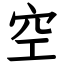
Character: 空